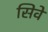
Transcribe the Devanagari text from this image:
सिवे